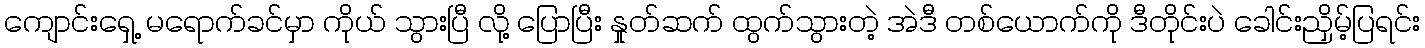
ကျောင်းရှေ့ မရောက်ခင်မှာ ကိုယ် သွားပြီ လို့ ပြောပြီး နှုတ်ဆက် ထွက်သွားတဲ့ အဲဒီ တစ်ယောက်ကို ဒီတိုင်းပဲ ခေါင်းညှိမ့်ပြရင်း